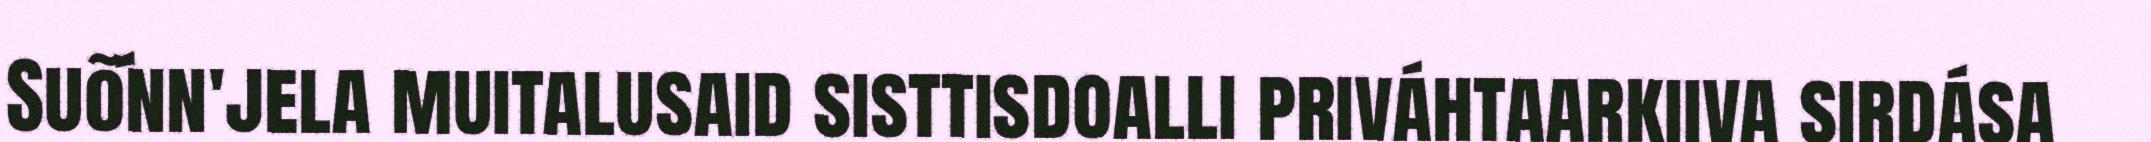
Suõ´nn'jela muitalusaid sisttisdoalli priváhtaarkiiva sirdása